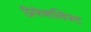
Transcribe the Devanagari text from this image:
प्रिफेशलिफ्ट